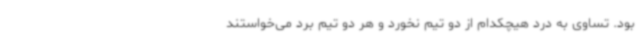
بود. تساوی به درد هیچکدام از دو تیم نخورد و هر دو تیم برد می‌خواستند